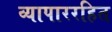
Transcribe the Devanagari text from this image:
व्यापाररहित